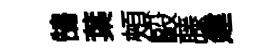
鵠葉頰毆藤建